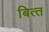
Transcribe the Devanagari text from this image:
बित्‍त